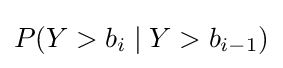
P(Y>b_{i}\mid Y>b_{i-1})